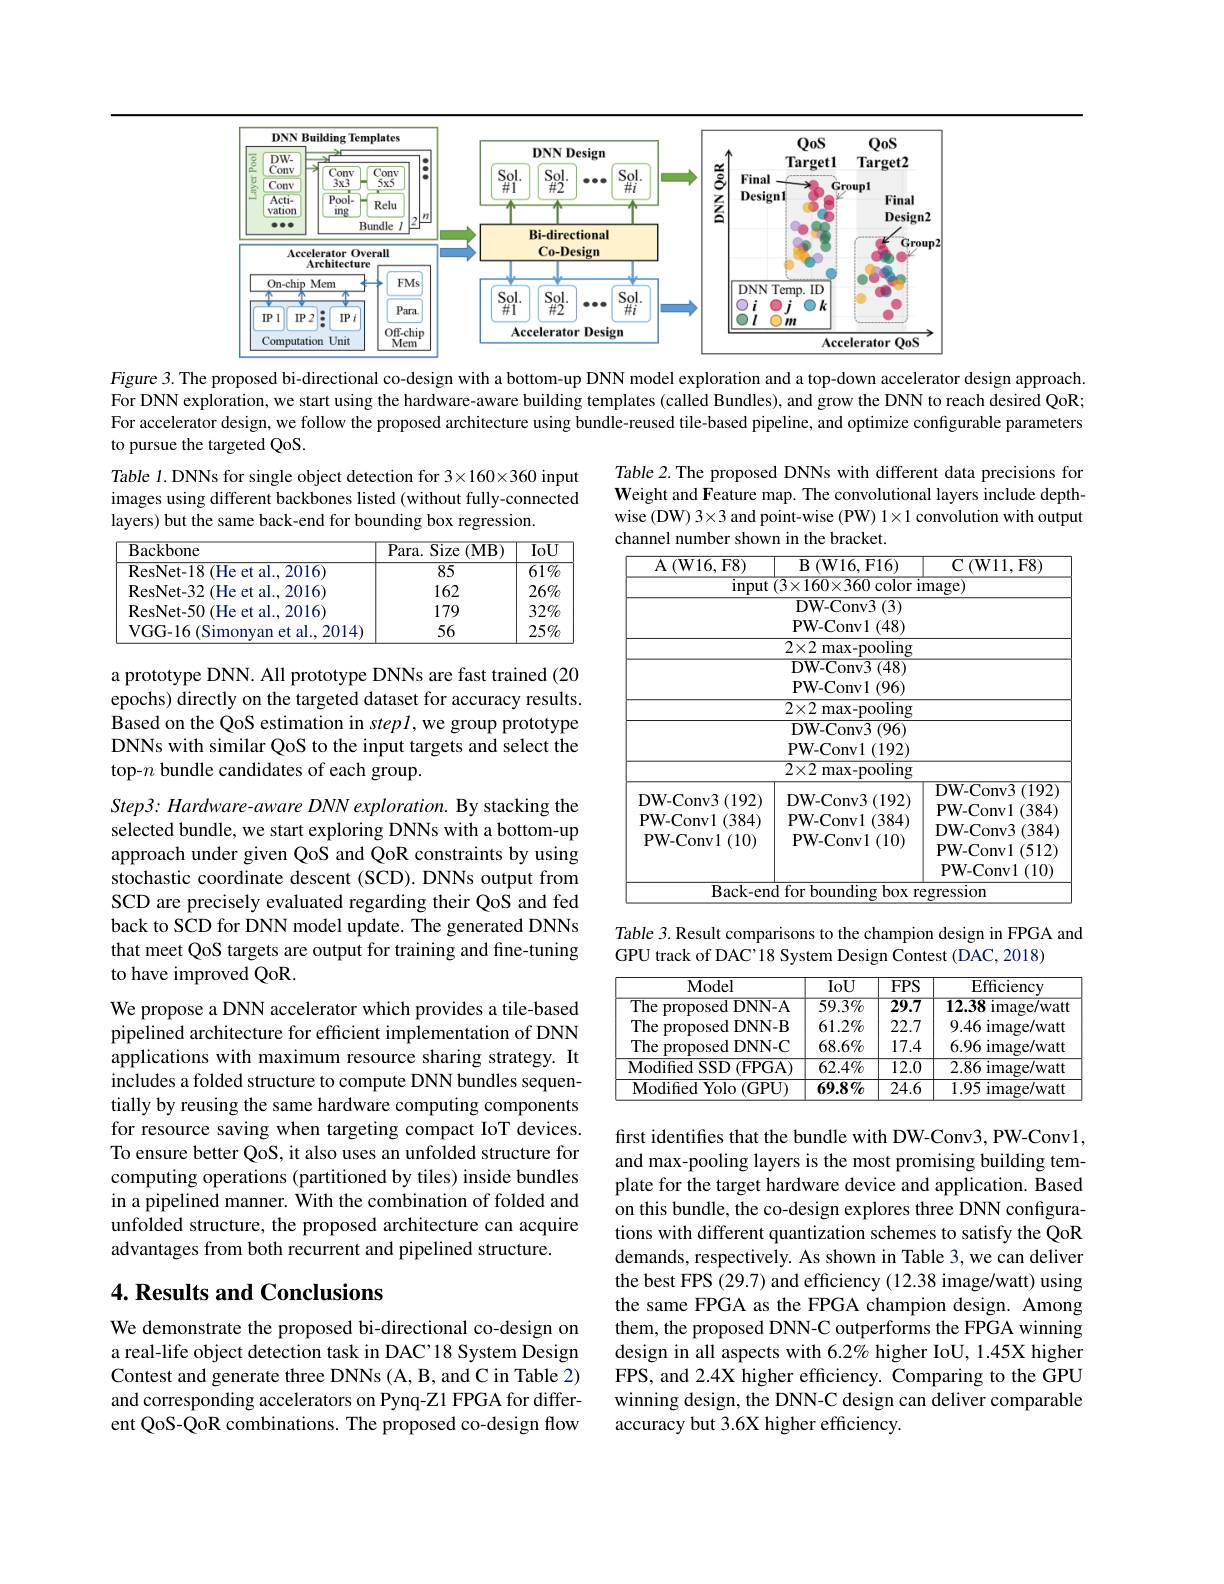
<FigureHere>

Figure 3. The proposed bi-directional co-design with a bottom-up DNN model exploration and a top-down accelerator design approach. For DNN exploration, we start using the hardware-aware building templates (called Bundles), and grow the DNN to reach desired QoR; For accelerator design, we follow the proposed architecture using bundle-reused tile-based pipeline, and optimize configurable parameters to pursue the targeted QoS.

Table 1. DNNs for single object detection for 3×160×360 input images using different backbones listed (without fully-connected layers) but the same back-end for bounding box regression.

Table 2. The proposed DNNs with different data precisions for Weight and Feature map. The convolutional layers include depthwise (DW) 3×3 and point-wise (PW) 1×1 convolution with output channel number shown in the bracket.

<table>
	<tbody>
		<tr>
			<th>$\overline{{\mathrm{Backbone}}}$</th>
			<th>Para. Size $\varepsilon(\mathbf{MB})$</th>
			<th>$\overline{\mathrm{IoU}}$</th>
		</tr>
		<tr>
			<td>$\overline{\mathrm{ResNet-18~(He~et~al.2016)}}$</td>
			<td>85</td>
			<td>$\overline{61\%}$</td>
		</tr>
		<tr>
			<td>ResNet- 32 ( He et al. , 2016) </td>
			<td></td>
			<td>$26\%$</td>
		</tr>
		<tr>
			<td>ResNet- 50 ( He et al. , 2016) </td>
			<td>179</td>
			<td>$32\%$</td>
		</tr>
		<tr>
			<td>VGG-16(Simonyan et al..2014)</td>
			<td>56</td>
			<td>$25\%$</td>
		</tr>
	</tbody>
</table>

a prototype DNN. All prototype DNNs are fast trained (20 epochs) directly on the targeted dataset for accuracy results. Based on the QoS estimation in stepl,we group prototype DNNs with similar QoS to the input targets and select the top-$n$ bundle candidates of each group.

<table>
	<tbody>
		<tr>
			<th>A$\left ( \mathrmW16, F8\right )$</th>
			<th>$\mathbf{B}$ $( \mathbf{W} 16, \mathbf{F} 16)$</th>
			<th>${\overline{{\mathrm{C}}}(\mathrm{W11,F8})}$</th>
		</tr>
		<tr>
			<td>input</td>
			<td>$(3\times160\times360$color i</td>
			<td>mage)</td>
		</tr>
		<tr>
			<td> </td>
			<td>$2\times2$ max- pooling</td>
			<td> </td>
		</tr>
		<tr>
			<td> </td>
			<td>$\angle A\angle HaA^{-}POOHIIIg$</td>
			<td>T</td>
		</tr>
		<tr>
			<td>DW-Conv</td>
			<td>DW-Conv</td>
			<td>$1^{\bullet}$ PW-Convl (384)</td>
		</tr>
		<tr>
			<td>PW- Conv.</td>
			<td>PW-Convl 4</td>
			<td>DW-Conv3 3 (384</td>
		</tr>
		<tr>
			<td>PW-Conv1(10)</td>
			<td>$\mathbf{PW-Conv}1$ $y$ (10)</td>
			<td>DW-Conv3</td>
		</tr>
		<tr>
			<td>PW- Conv1(10)</td>
			<td>PW-Conv1(10)</td>
			<td>$DW-COIVD(004)$ PW- Conv1 (512) PW- Conv1 1 (10) 1</td>
		</tr>
		<tr>
			<td> </td>
			<td> </td>
			<td>. 1 PW- Conv1 (10)</td>
		</tr>
		<tr>
			<td>Back- en</td>
			<td>$\operatorname{lfor}$bounding box re</td>
			<td>egression</td>
		</tr>
	</tbody>
</table>

Table 3. Result comparisons to the champion design in FPGA and
GPU track of DAC'18 System Design Contest (DAC, 2018)

Step3: Hardware- aware DNN exploration. By stacking the selected bundle, we start exploring DNNs with a bottom-up approach under given QoS and QoR constraints by using stochastic coordinate descent (SCD). DNNs output from SCD are precisely evaluated regarding their QoS and fed back to SCD for DNN model update. The generated DNNs that meet QoS targets are output for training and fine-tuning to have improved QoR.
We propose a DNN accelerator which provides a tile-based pipelined architecture for efficient implementation of DNN applications with maximum resource sharing strategy. It includes a folded structure to compute DNN bundles sequentially by reusing the same hardware computing components for resource saving when targeting compact IoT devices. To ensure better QoS, it also uses an unfolded structure for computing operations (partitioned by tiles) inside bundles in a pipelined manner. With the combination of folded and unfolded structure, the proposed architecture can acquire advantages from both recurrent and pipelined structure.

<table>
	<tbody>
		<tr>
			<th>Model</th>
			<th>IoU</th>
			<th>$FPS$</th>
			<th>$\mathbf{Efficiency}$</th>
		</tr>
		<tr>
			<td>${\mathrm{The~proposed~DNN-A}}$</td>
			<td>$59.3\%$</td>
			<td>$\overline{29.7}$</td>
			<td>12.38 image/ watt </td>
		</tr>
		<tr>
			<td>The I proposed $dDNN-B$</td>
			<td>$61.2\%$</td>
			<td>22.7</td>
			<td>9.46 image/watt 1</td>
		</tr>
		<tr>
			<td>The I proposed $\mathbf{1}$ $\mathbf{DNN- C}$</td>
			<td>$68.6\%$</td>
			<td>17.4</td>
			<td>6.96 $image/watt$ $\frac{1}{2}=\frac{1}{2}$</td>
		</tr>
		<tr>
			<td>Modified SSD ( FPGA) </td>
			<td>$62.4\%$</td>
			<td>$\overline{12.0}$</td>
			<td>2.86 image/watt</td>
		</tr>
		<tr>
			<td>${\mathrm{Modified~Yolo~(GPU)}}$</td>
			<td>$69.8\%$</td>
			<td>$\overline{24.6}$</td>
			<td>1.95i image/ watt</td>
		</tr>
	</tbody>
</table>

first identifies that the bundle with DW-Conv3, PW-Conv1, and max-pooling layers is the most promising building template for the target hardware device and application. Based on this bundle, the co-design explores three DNN configurations with different quantization schemes to satisfy the QoR demands, respectively. As shown in Table 3, we can deliver the best FPS (29.7) and efficiency (12.38 image/watt) using the same FPGA as the FPGA champion design. Among them, the proposed DNN-C outperforms the FPGA winning design in all aspects with 6.2% higher IoU, 1.45X higher FPS, and 2.4X higher efficiency. Comparing to the GPU winning design, the DNN-C design can deliver comparable accuracy but 3.6X higher efficiency.

## 4. Results and Conclusions

We demonstrate the proposed bi-directional co-design on a real-life object detection task in DAC'18 System Design Contest and generate three DNNs (A,B, and C in Table 2) and corresponding accelerators on Pynq-Z1 FPGA for different QoS-QoR combinations. The proposed co-design flow